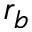
r _ { b }